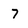
Character: 7